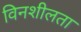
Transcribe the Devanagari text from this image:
विनशीलता